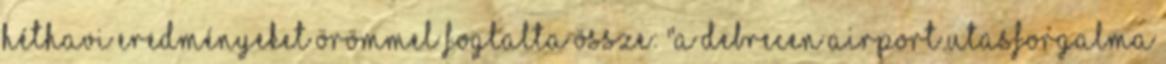
héthavi eredményeket örömmel foglalta össze: "A Debrecen Airport utasforgalma